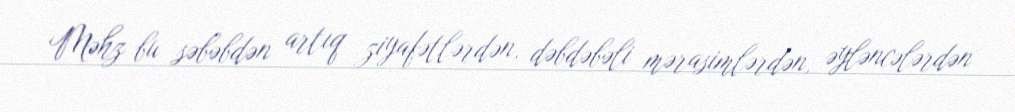
Məhz bu səbəbdən artıq ziyafətlərdən, dəbdəbəli mərasimlərdən, əyləncələrdən